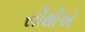
સૌથીએ